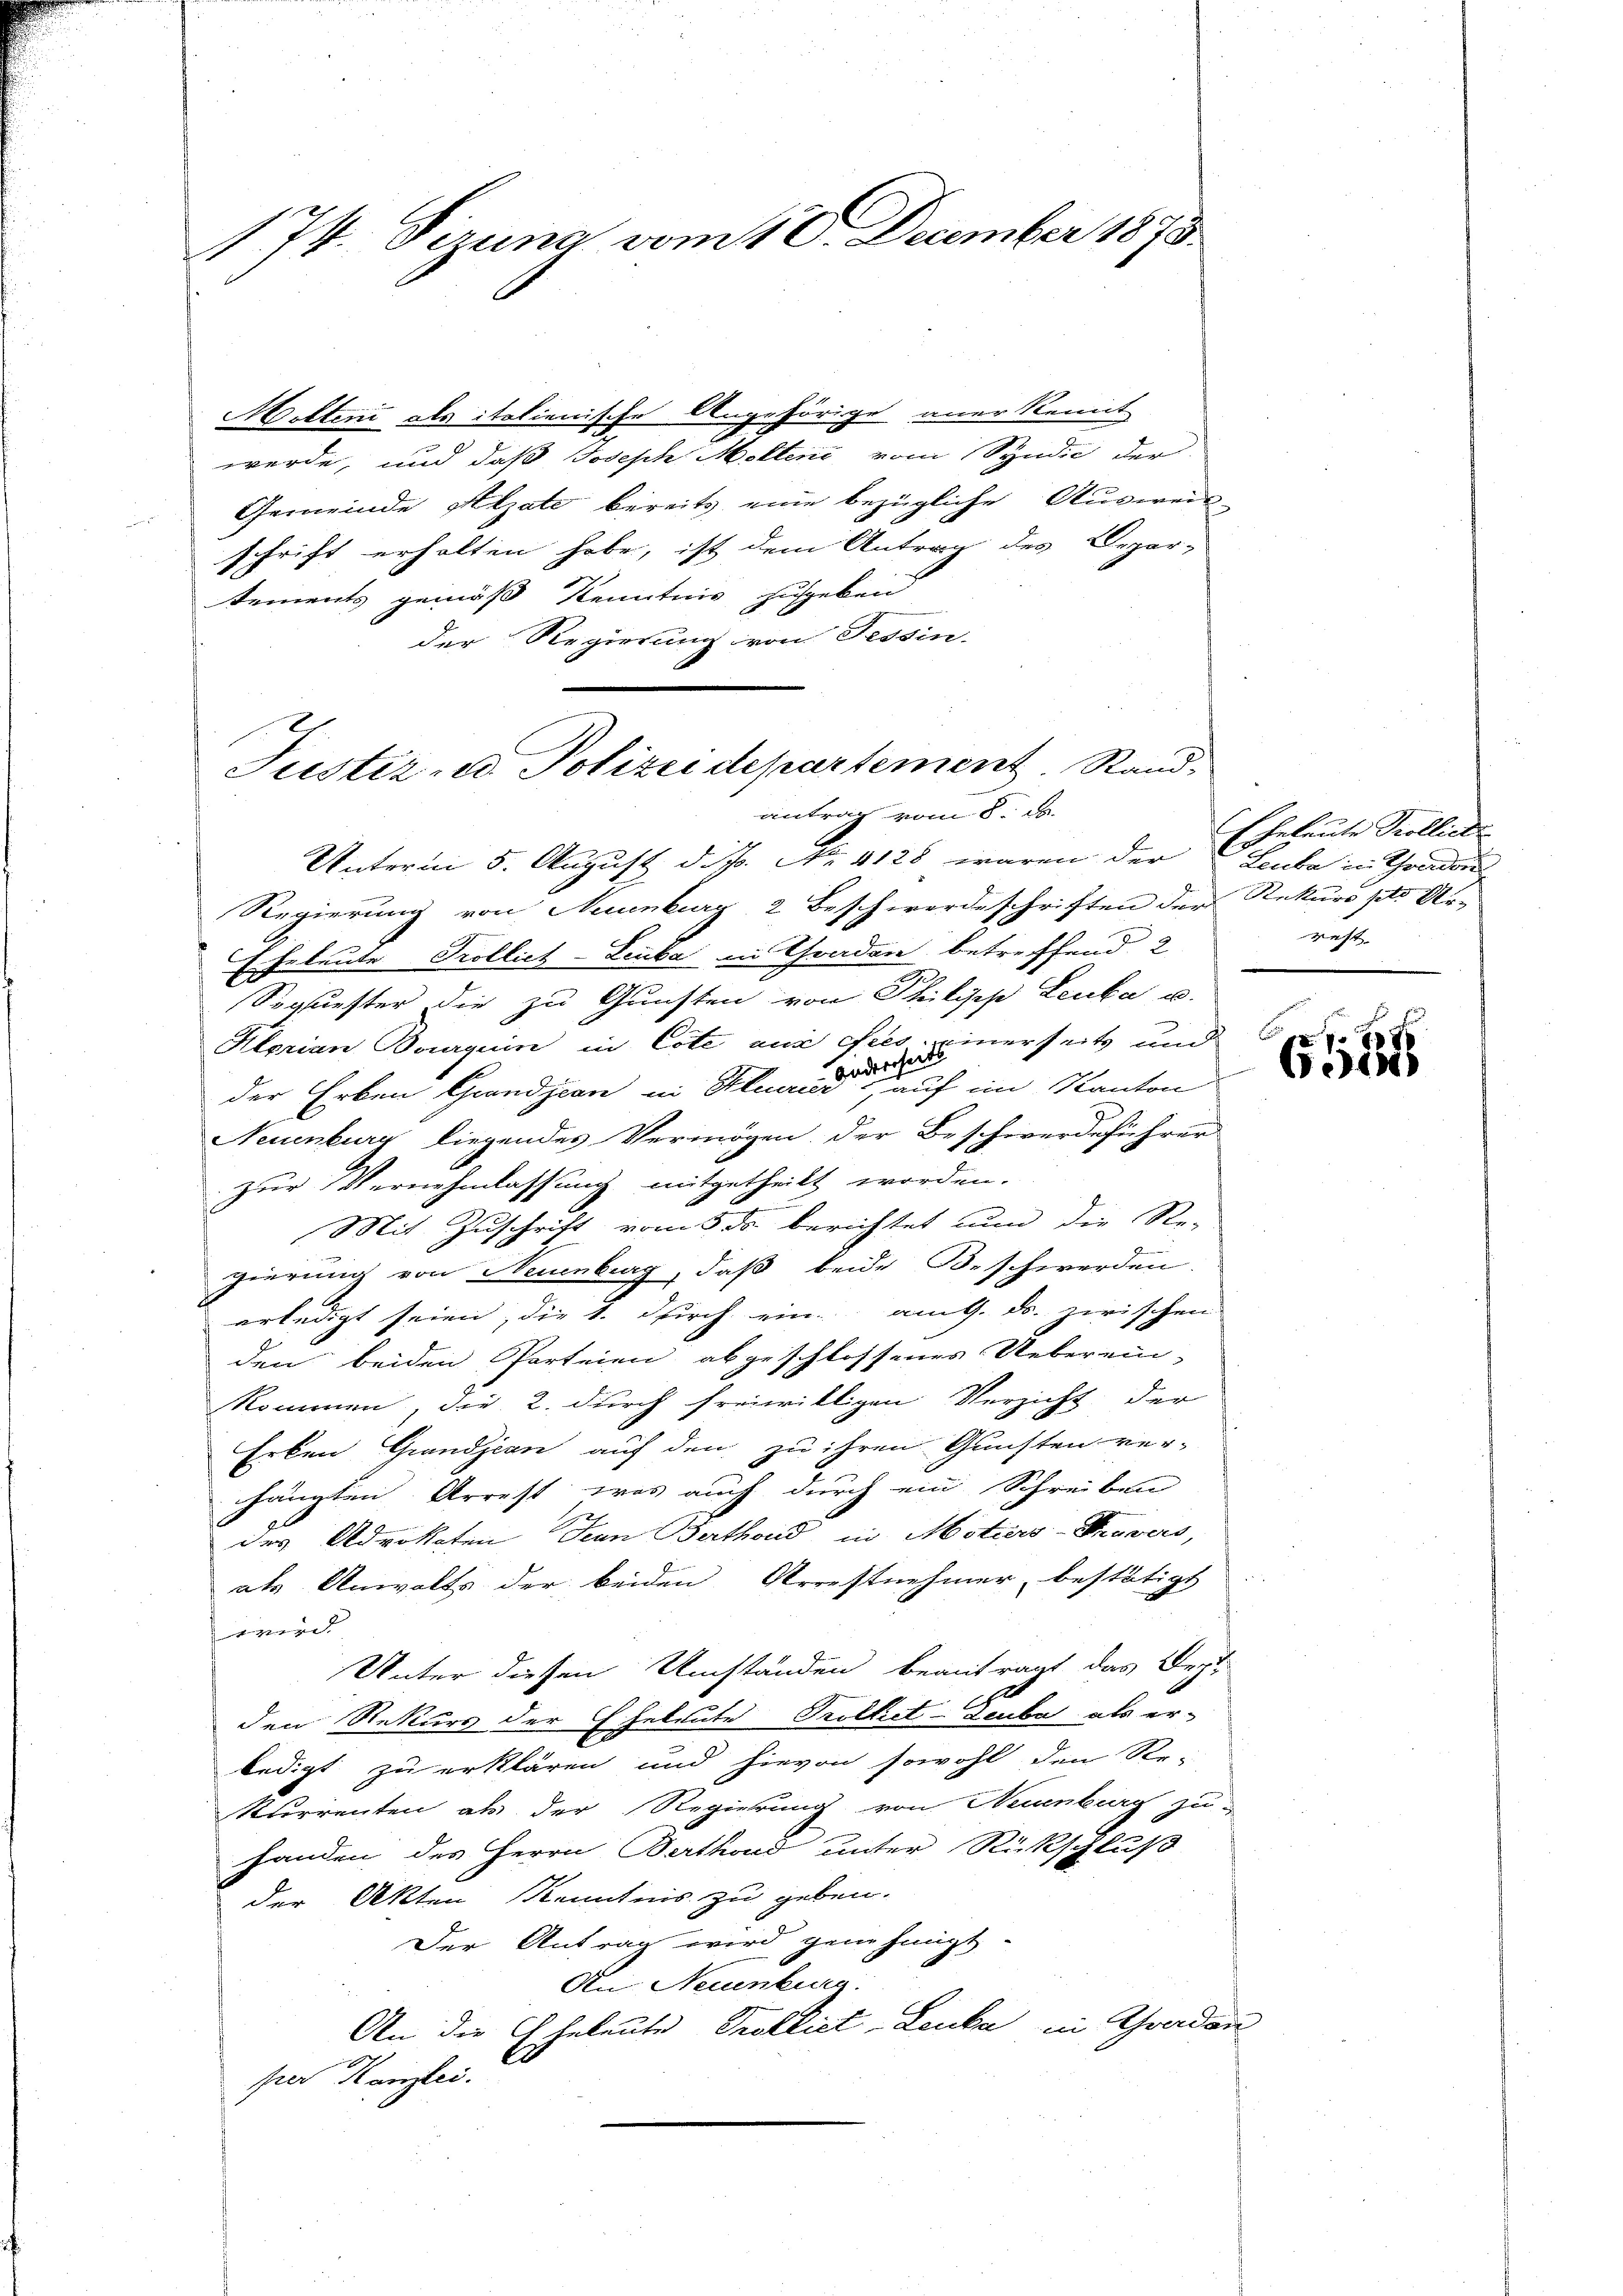
174. Sizung vom 18. December 1873.

Hottini als italienische Angehörige anerkennt
werde, und daß Joseph Mellen vom Syndic der
Gemeinde Alzate bereits eine bezügliche Ausweisschrift erhalten habe, ist dem Antrag des Depar-
tements gemäß Kenntnis zugeben
der Regierung von Tessin.
Justiz- u. Polizeidepartement. Sand¬

antrag vom 8. Ja.

Unterm 5. August d. Js. No. 4128 waren der
Regierung von Neuenburg, 2 Beschwerdeschriften der Rekurs setz Ar-
Eheleute Trollich-Liuba in Graden betreffend 2
Soquester die zu Gunsten von Philisch Leuka u.
Klorian Bourquin in Cote aus dies einerseits und
anderseit
der Erben Grandjean in Klerier auf im Kanton
Neuenburg liegendes Vermögen der Beschwerdeführer
zur Vernehmlassung mitgetheilt worden.
Mit Zuschrift vom 5. ds. berichtet nun die Re-
gierung von Neuenburg, daß beide Beschwerden
erledigt seien, die 1. durch ein am 9. ds. zwischen
den beiden Parteien abgeschlossenes Ueberein-
kommen, die 2. durch freiwilligen Verzicht der
Erken Grandjean auf den zu ihren Gunsten ver-
hängten Arrest, was auch durch ein Schreiben
des Advokaten Jean Berthond in Moturs-Kruvers,
als Anwalts der beiden Arrestnehmer bestätigt
wird.
Unter diesen Umständen beantragt das Beg
den Rekurs der Eheleute Prollict-Deuba als er-
ledigt zu erklären und hievon sowohl den Re-
Kurrenten als der Regierung von Neuenburg zu-
handen des Herrn Berthond unter Rückschluß
der Akten Kenntnis zu geben.
Der Antrag wird genehmigt.
An Neuenburg.
An die Eheleute Proflict-Leuka in Graden
per Kanzlei.

Eheleute Prolliche
Leuba in werden
reht.

x
e